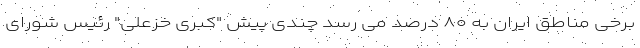
برخی مناطق ایران به ۸۰ درصد می رسد چندی پیش "کبری خزعلی" رئیس شورای